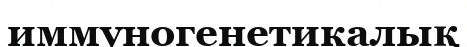
иммуногенетикалық